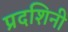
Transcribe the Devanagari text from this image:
प्रदशिनी